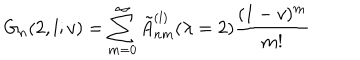
G _ { n } ( 2 , l ; v ) = \sum _ { m = 0 } ^ { \infty } \tilde { A } _ { n m } ^ { ( l ) } ( \lambda = 2 ) \frac { ( 1 - v ) ^ { m } } { m ! }